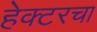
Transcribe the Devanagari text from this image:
हेक्टरचा